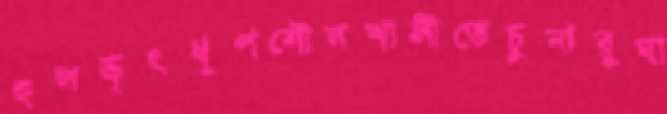
হলভৃৎধূপশৌলখালীতেচুনারুঘা